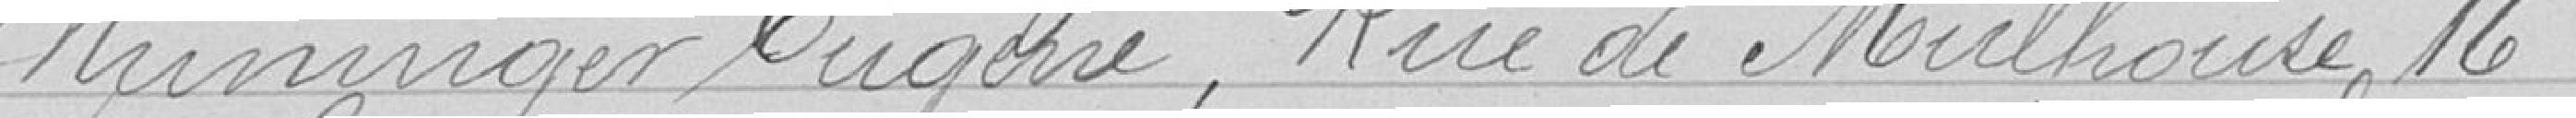
Nuninger Eugène, Rue de Mulhouse 16